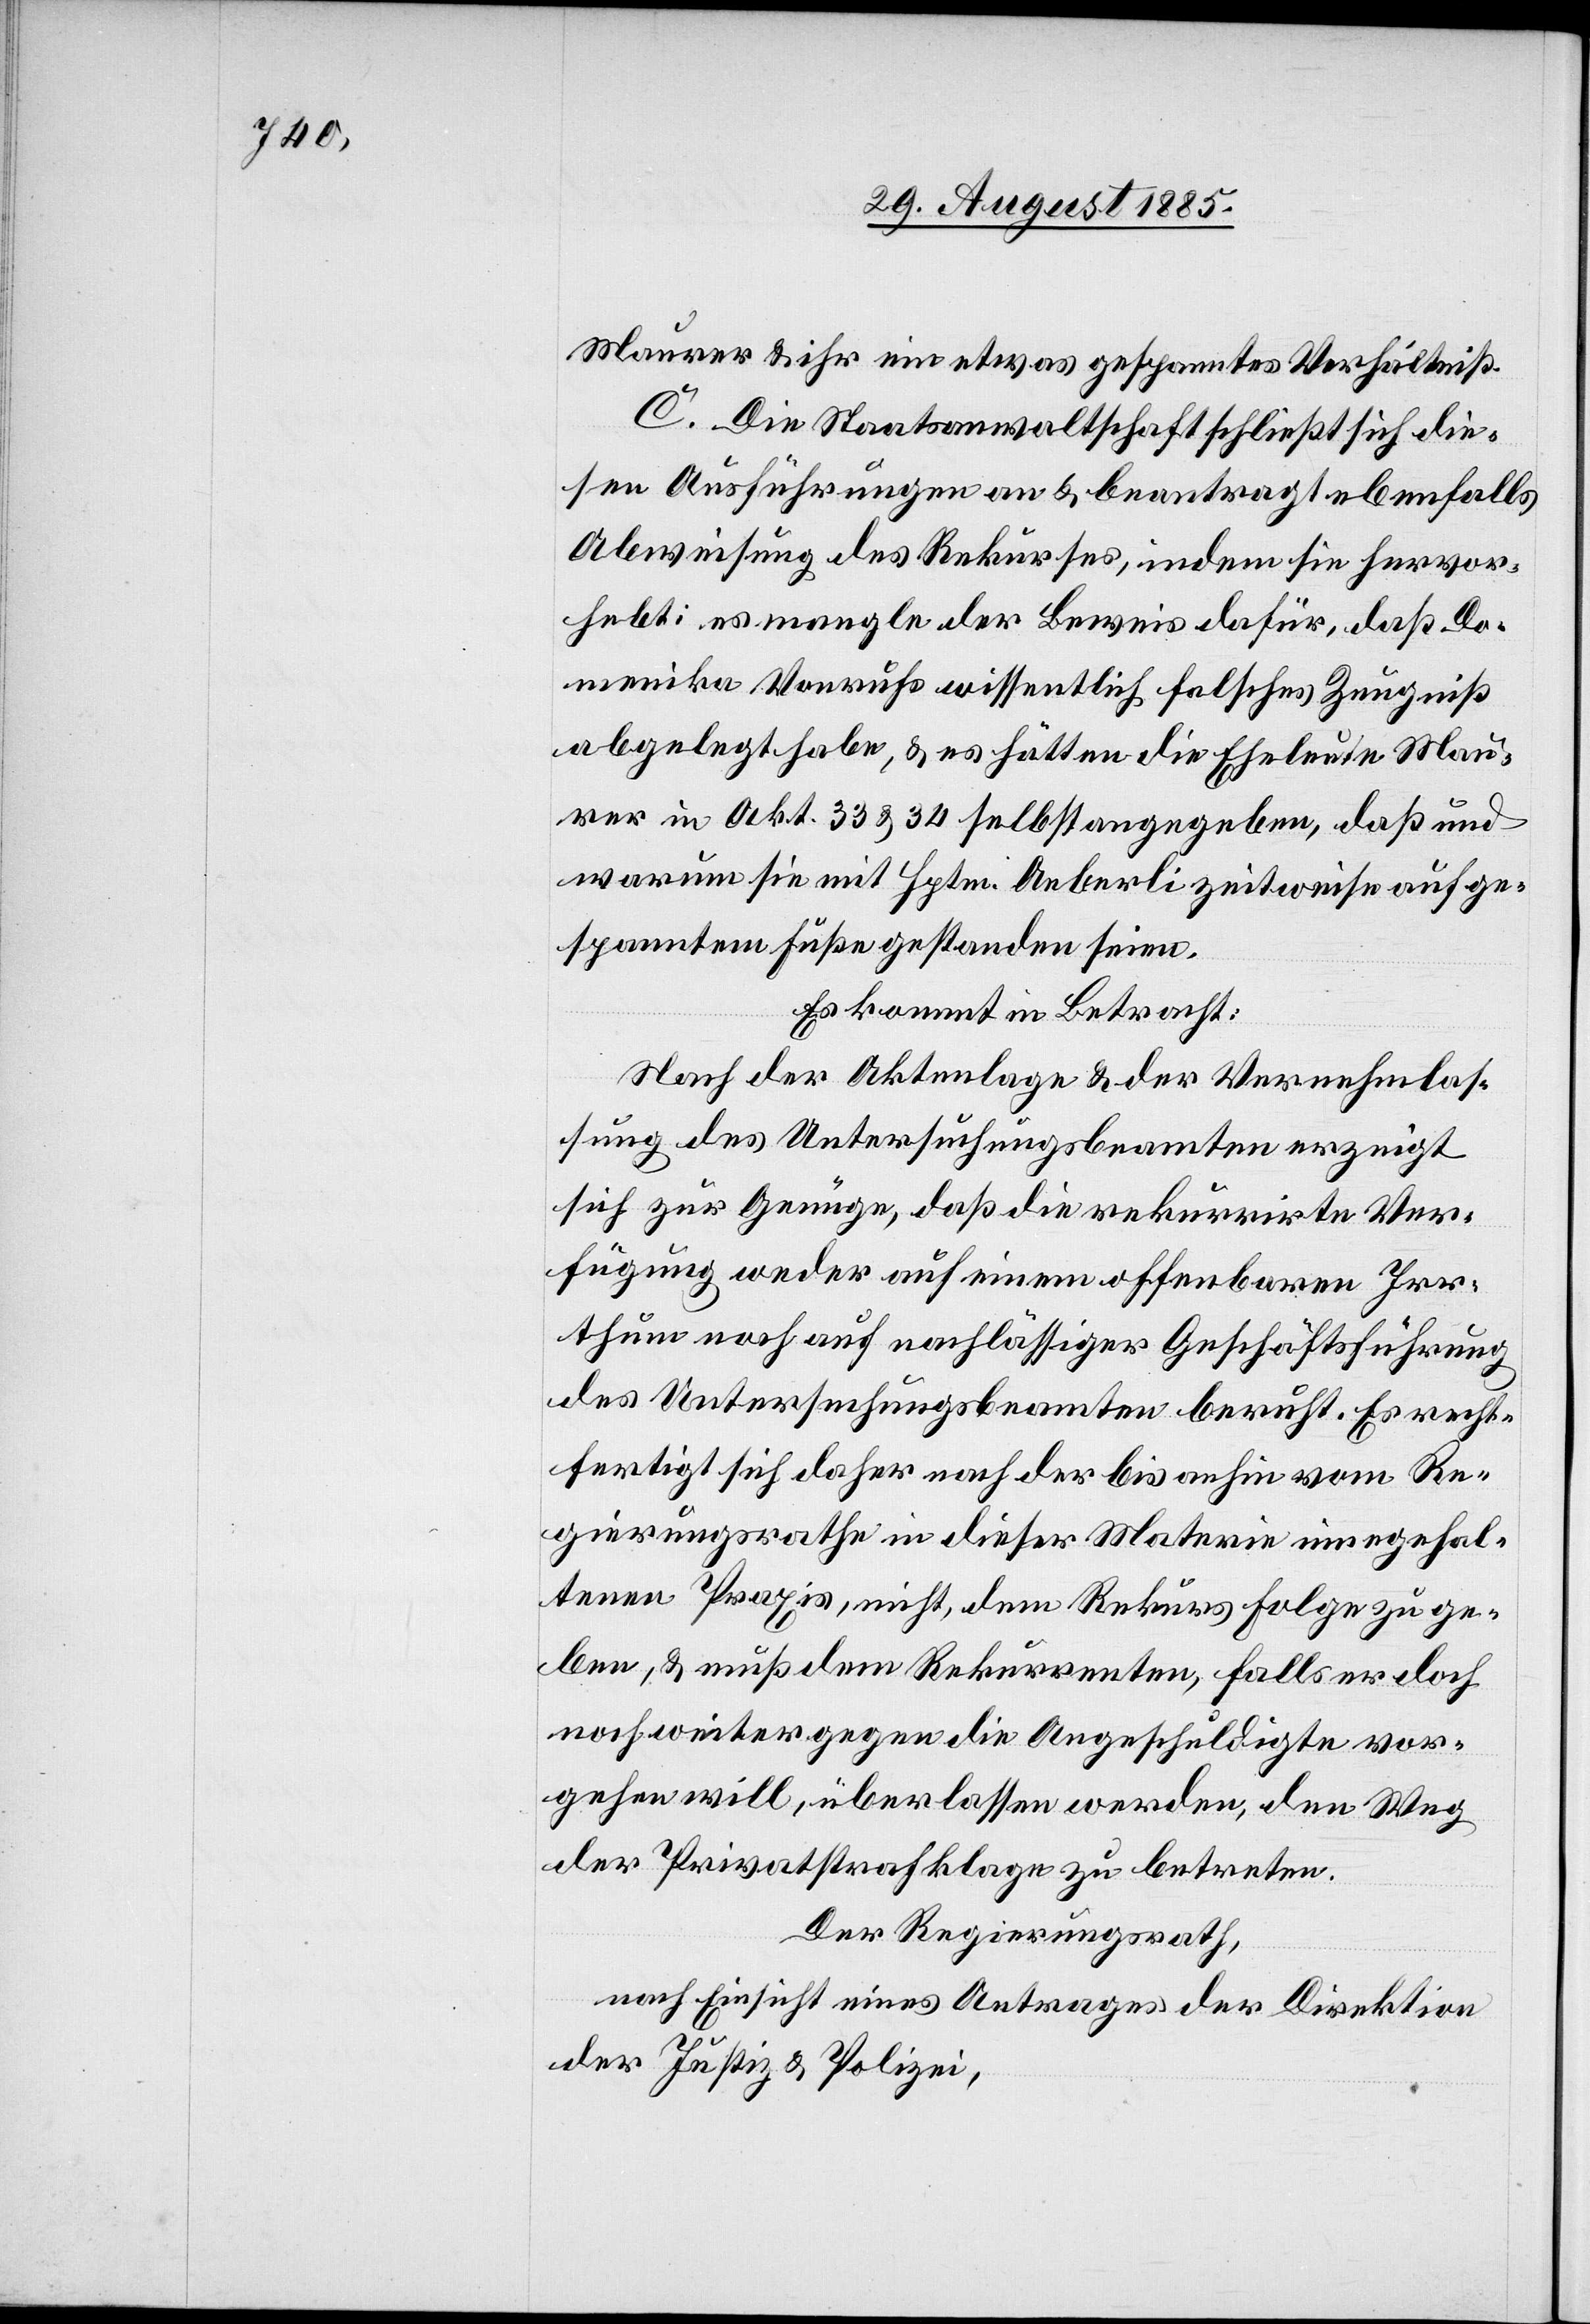
Maurer & ihr ein etwas gespanntes Verhältniß.
C. Die Staatsanwaltschaft schließt sich die¬
sen Ausführungen an & beantragt ebenfalls
Abweisung des Rekurses, indem sie hervor¬
hebt: es mangle der Beweis dafür, daß Do¬
menika Vonrufs wissentlich falsches Zeugniß
abgelegt habe, & es hätten die Eheleute Mau¬
rer in Akt. 33 &34 selbst angegeben, daß und
warum sie mit Hptm. Aeberli zeitweise auf ge¬
spanntem Fuße gestanden seien.
Es kommt in Betracht:
Nach der Aktenlage & der Vernehmlas¬
sung des Untersuchungsbeamten erzeigt
sich zur Genüge, daß die rekurrirte Ver¬
fügung weder auf einem offenbaren Irr¬
thum noch auf nachlässiger Geschäftsführung
des Untersuchungsbeamten beruht. Es recht¬
fertigt sich daher nach der bis anhin vom Re¬
gierungsrathe in dieser Materie innegehal¬
tenen Praxis, nicht dem Rekurs Folge zu ge¬
ben, & es muß dem Rekurrenten, falls er doch
noch weiter gegen die Angeschuldigte vor¬
gehen will, überlassen werden, den Weg
der Privatstrafklage zu betreten.
Der Regierungsrath,
nach Einsicht eines Antrages der Direktion
der Justiz & Polizei,